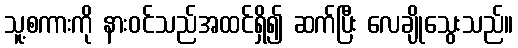
သူ့စကားကို နားဝင်သည်အထင်ရှိ၍ ဆက်ပြီး လေချိုသွေးသည်။